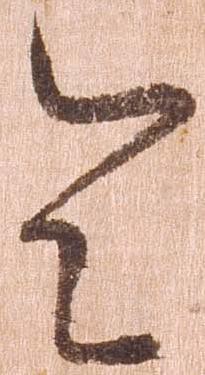
令